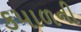
કપાળની